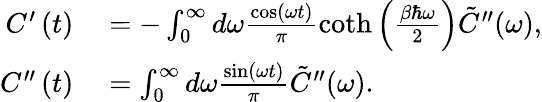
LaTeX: \begin{array}{rl}{C^{\prime}\left(t\right)}&{{}=-\int_{0}^{\infty}d\omega\frac{\cos\left(\omega t\right)}{\pi}\coth\left(\frac{\beta\hbar\omega}{2}\right)\tilde{C}^{\prime\prime}(\omega),}\\ {C^{\prime\prime}\left(t\right)}&{{}=\int_{0}^{\infty}d\omega\frac{\sin\left(\omega t\right)}{\pi}\tilde{C}^{\prime\prime}(\omega).}\end{array}